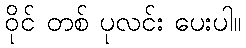
ဝိုင် တစ် ပုလင်း ပေးပါ။